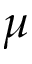
\mu